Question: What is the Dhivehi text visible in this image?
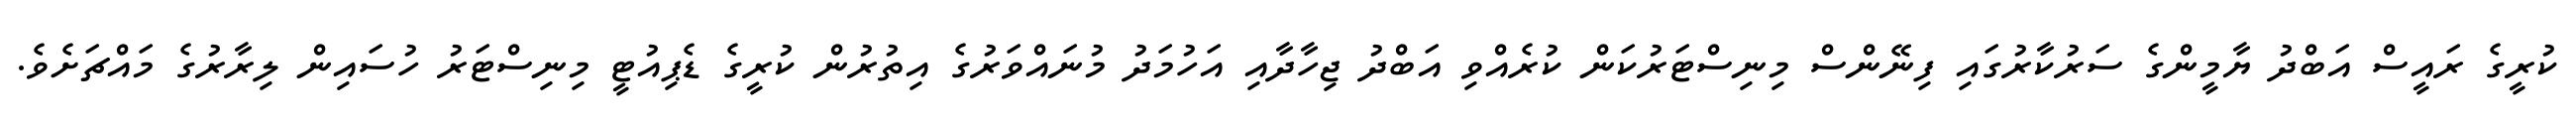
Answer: ކުރީގެ ރައީސް އަބްދު ޔާމީންގެ ސަރުކާރުގައި ފިނޭންސް މިނިސްޓަރުކަން ކުރެއްވި އަބްދު ޖިހާދާއި އަހުމަދު މުނައްވަރުގެ އިތުރުން ކުރީގެ ޑެޕިއުޓީ މިނިސްޓަރު ހުސައިން ލިރާރުގެ މައްޗަށެވެ.